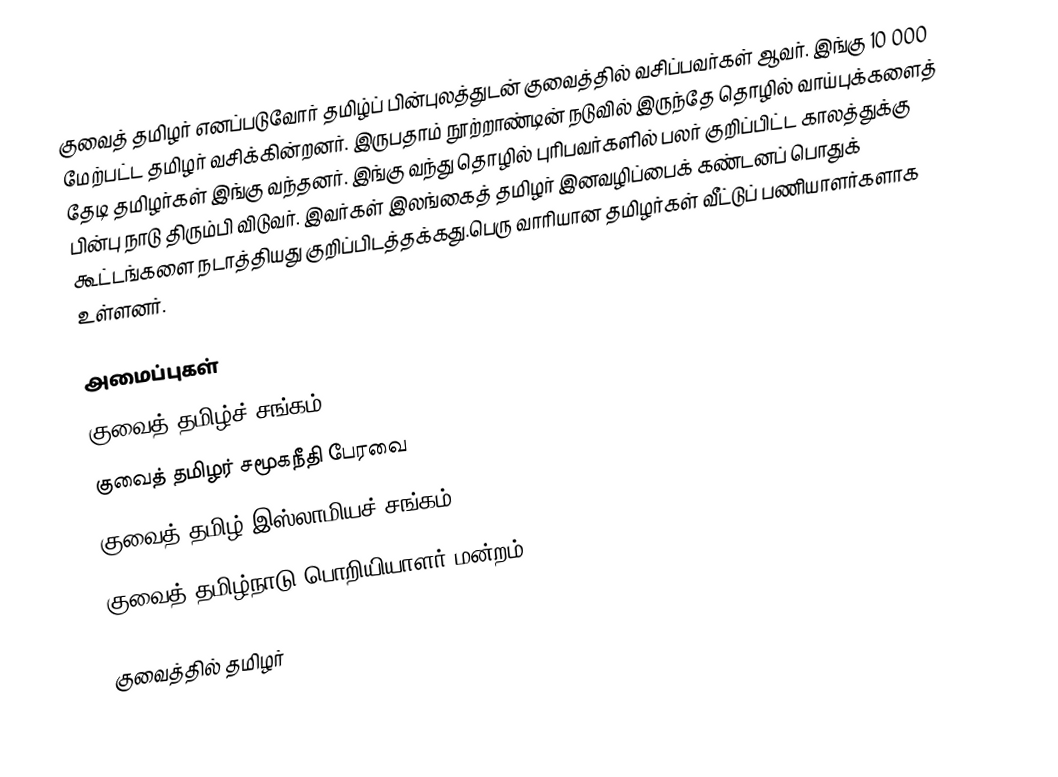
குவைத் தமிழர் எனப்படுவோர் தமிழ்ப் பின்புலத்துடன் குவைத்தில் வசிப்பவர்கள் ஆவர்.  இங்கு 10 000 மேற்பட்ட தமிழர் வசிக்கின்றனர்.  இருபதாம் நூற்றாண்டின் நடுவில் இருந்தே தொழில் வாய்புக்களைத் தேடி தமிழர்கள் இங்கு வந்தனர்.  இங்கு வந்து தொழில் புரிபவர்களில் பலர் குறிப்பிட்ட காலத்துக்கு பின்பு நாடு திரும்பி விடுவர்.   இவர்கள் இலங்கைத் தமிழர் இனவழிப்பைக் கண்டனப் பொதுக் கூட்டங்களை நடாத்தியது குறிப்பிடத்தக்கது.பெரு வாரியான தமிழர்கள் வீட்டுப் பணியாளர்களாக உள்ளனர்.

அமைப்புகள்
குவைத் தமிழ்ச் சங்கம்
குவைத் தமிழர் சமூகநீதி பேரவை
குவைத் தமிழ் இஸ்லாமியச் சங்கம் (K-Tic)
குவைத் தமிழ்நாடு பொறியியாளர் மன்றம்

குவைத்தில் தமிழர்